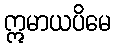
ဣမာယပိမေ